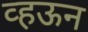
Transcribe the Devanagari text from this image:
व्हऊन